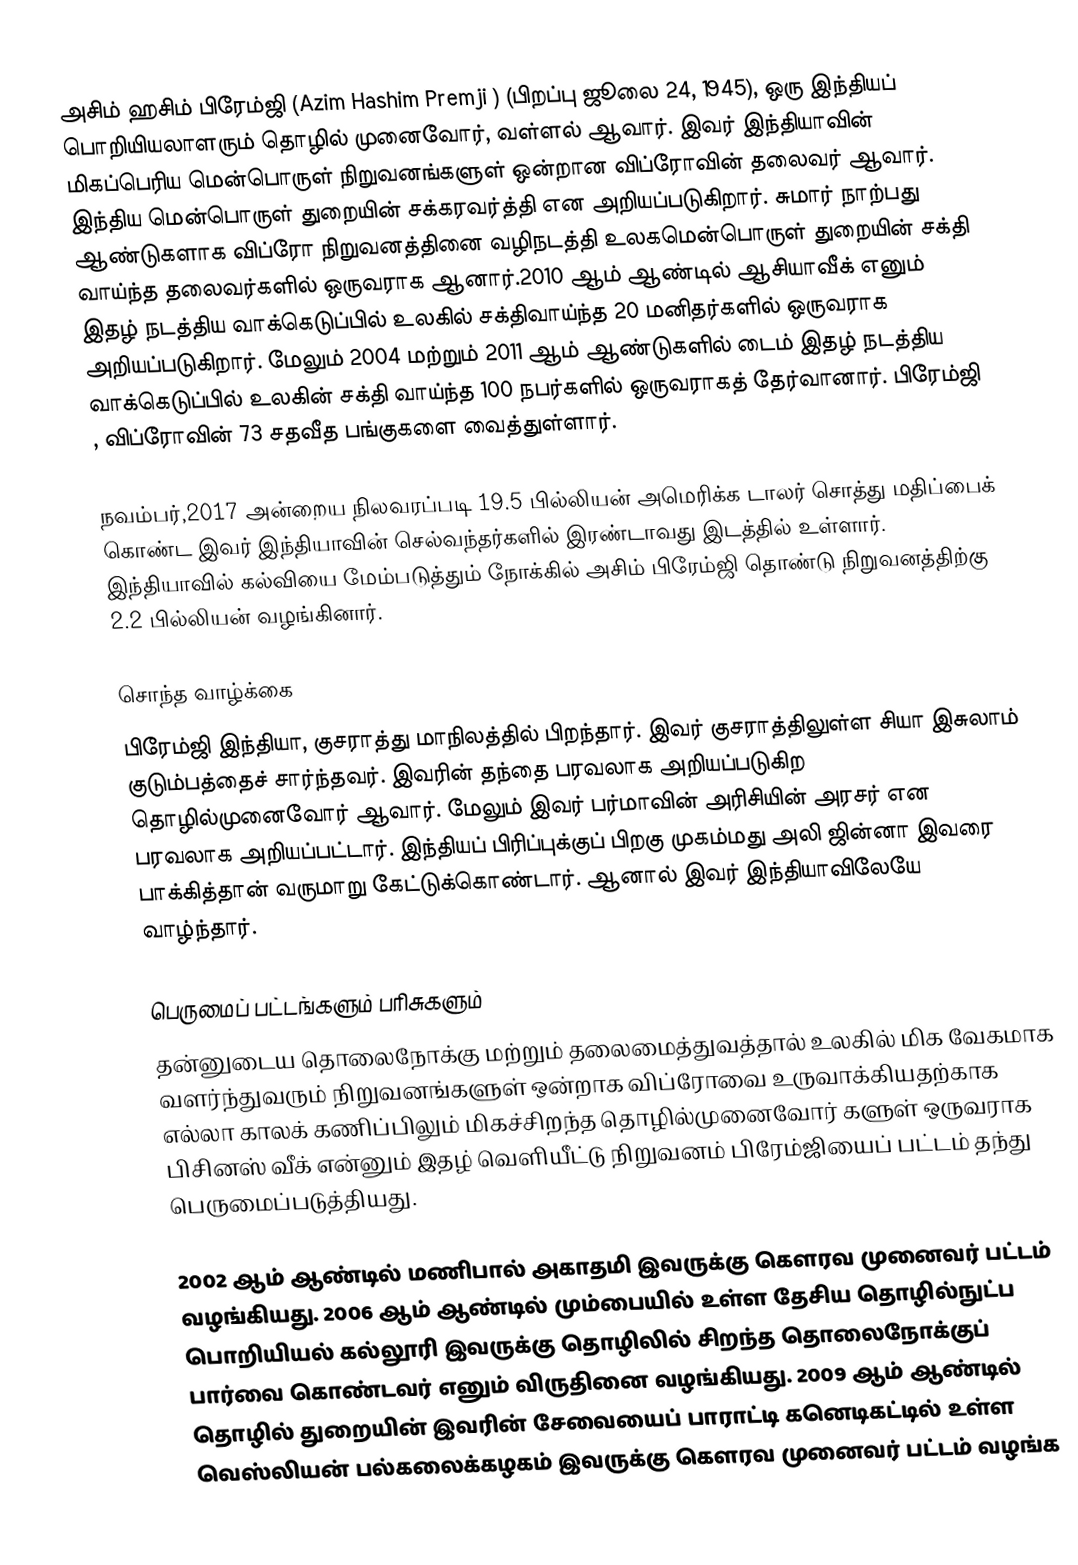
அசிம் ஹசிம் பிரேம்ஜி (Azim Hashim Premji ) (பிறப்பு ஜூலை 24, 1945), ஒரு இந்தியப் பொறியியலாளரும் தொழில் முனைவோர், வள்ளல் ஆவார். இவர் இந்தியாவின் மிகப்பெரிய மென்பொருள் நிறுவனங்களுள் ஒன்றான விப்ரோவின் தலைவர் ஆவார். இந்திய மென்பொருள் துறையின் சக்கரவர்த்தி என அறியப்படுகிறார். சுமார் நாற்பது ஆண்டுகளாக விப்ரோ நிறுவனத்தினை வழிநடத்தி உலகமென்பொருள் துறையின் சக்தி வாய்ந்த தலைவர்களில் ஒருவராக ஆனார்.2010 ஆம் ஆண்டில் ஆசியாவீக் எனும் இதழ் நடத்திய  வாக்கெடுப்பில் உலகில் சக்திவாய்ந்த 20 மனிதர்களில் ஒருவராக அறியப்படுகிறார். மேலும் 2004 மற்றும் 2011 ஆம் ஆண்டுகளில் டைம் இதழ் நடத்திய வாக்கெடுப்பில் உலகின் சக்தி வாய்ந்த 100 நபர்களில் ஒருவராகத் தேர்வானார். பிரேம்ஜி , விப்ரோவின் 73 சதவீத பங்குகளை வைத்துள்ளார்.

நவம்பர்,2017 அன்றைய நிலவரப்படி 19.5 பில்லியன் அமெரிக்க டாலர் சொத்து மதிப்பைக் கொண்ட இவர் இந்தியாவின் செல்வந்தர்களில் இரண்டாவது இடத்தில் உள்ளார்.  இந்தியாவில் கல்வியை மேம்படுத்தும் நோக்கில் அசிம் பிரேம்ஜி தொண்டு நிறுவனத்திற்கு 2.2 பில்லியன்  வழங்கினார்.

சொந்த வாழ்க்கை
பிரேம்ஜி  இந்தியா, குசராத்து மாநிலத்தில் பிறந்தார். இவர் குசராத்திலுள்ள சியா இசுலாம் குடும்பத்தைச் சார்ந்தவர். இவரின் தந்தை பரவலாக அறியப்படுகிற தொழில்முனைவோர் ஆவார். மேலும் இவர் பர்மாவின் அரிசியின் அரசர் என பரவலாக அறியப்பட்டார். இந்தியப் பிரிப்புக்குப் பிறகு முகம்மது அலி ஜின்னா இவரை பாக்கித்தான் வருமாறு கேட்டுக்கொண்டார். ஆனால் இவர் இந்தியாவிலேயே வாழ்ந்தார்.

பெருமைப் பட்டங்களும் பரிசுகளும்
தன்னுடைய தொலைநோக்கு மற்றும் தலைமைத்துவத்தால் உலகில் மிக வேகமாக வளர்ந்துவரும் நிறுவனங்களுள் ஒன்றாக விப்ரோவை உருவாக்கியதற்காக எல்லா காலக் கணிப்பிலும் மிகச்சிறந்த தொழில்முனைவோர் களுள் ஒருவராக பிசினஸ் வீக் என்னும் இதழ் வெளியீட்டு நிறுவனம் பிரேம்ஜியைப் பட்டம் தந்து பெருமைப்படுத்தியது.

2002 ஆம் ஆண்டில் மணிபால் அகாதமி இவருக்கு கௌரவ முனைவர் பட்டம் வழங்கியது. 2006 ஆம் ஆண்டில் மும்பையில் உள்ள தேசிய தொழில்நுட்ப பொறியியல் கல்லூரி இவருக்கு தொழிலில் சிறந்த  தொலைநோக்குப் பார்வை கொண்டவர் எனும் விருதினை வழங்கியது. 2009 ஆம் ஆண்டில் தொழில் துறையின் இவரின் சேவையைப் பாராட்டி  கனெடிகட்டில் உள்ள வெஸ்லியன் பல்கலைக்கழகம் இவருக்கு கௌரவ முனைவர் பட்டம் வழங்க